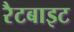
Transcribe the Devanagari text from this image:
रैटबाइट